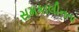
સમકાલીનતા